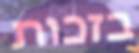
בזכות